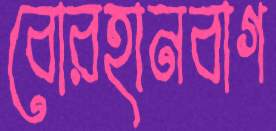
বোরহানবাগ